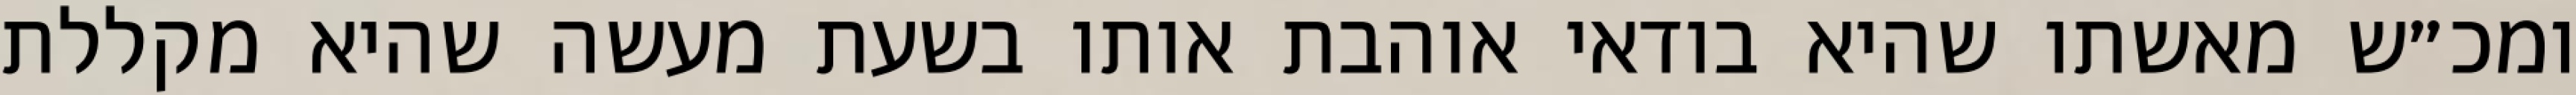
ומכ״ש מאשתו שהיא בודאי אוהבת אותו בשעת מעשה שהיא מקללת